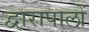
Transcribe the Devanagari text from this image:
द्वारापालों